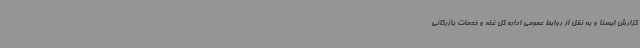
گزارش ایسنا و به نقل از روابط عمومی اداره کل غله و خدمات بازرگانی